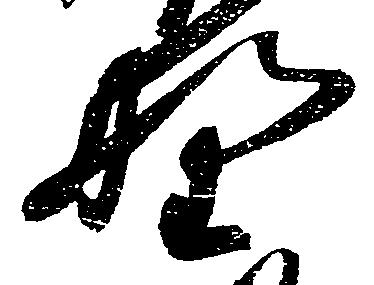
野